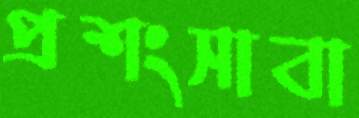
প্রশংসাবা